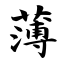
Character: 薄